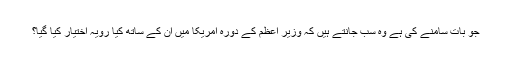
جو بات سامنے کی ہے وہ سب جانتے ہیں کہ وزیر اعظم کے دورہ امریکا میں ان کے ساتھ کیا رویہ اختیار کیا گیا؟